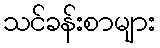
သင်ခန်းစာများ